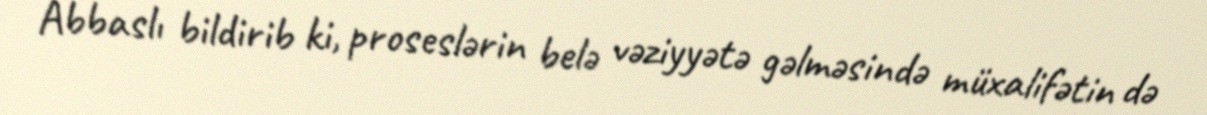
Abbaslı bildirib ki, proseslərin belə vəziyyətə gəlməsində müxalifətin də